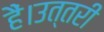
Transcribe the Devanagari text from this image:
हैं।उत्तरी